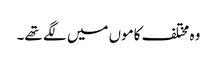
وہ مختلف کاموں میں لگے تھے۔